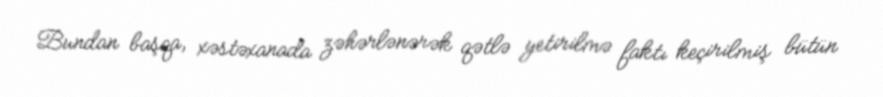
Bundan başqa, xəstəxanada zəhərlənərək qətlə yetirilmə faktı keçirilmiş bütün